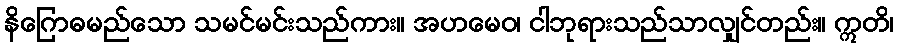
နိဂြောဓမည်သော သမင်မင်းသည်ကား။ အဟမေဝ၊ ငါဘုရားသည်သာလျှင်တည်း။ ဣတိ၊